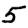
Digit: 5